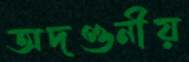
অদণ্ডনীয়